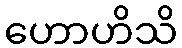
ဟောဟိသိ